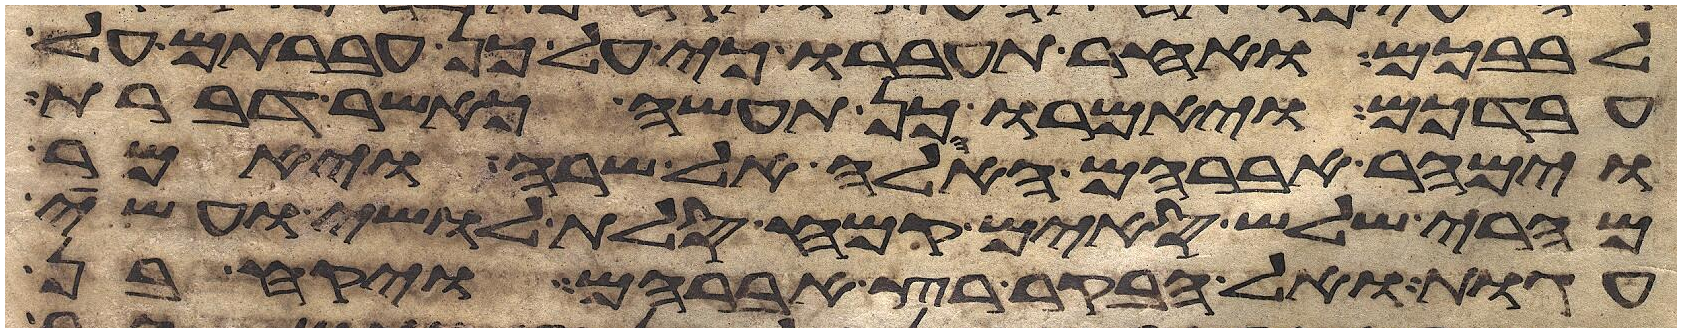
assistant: לבבכם ואחר תעברו כי על כן עברתם על
עבדכם ויאמרו כן תעשה כאשר דברת
וימהר אברהם האהלה אל שרה ויאמר
מהרי שלש סים קמח סלת לושי ועשה
עגות ואל הבקר רץ אברהם ויקח בן